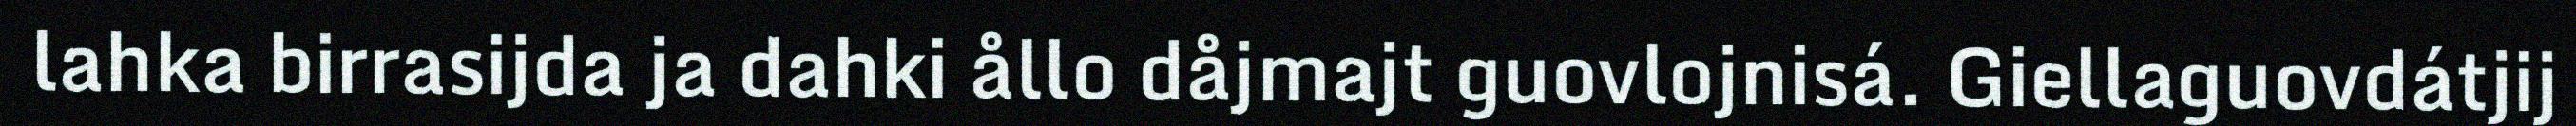
lahka birrasijda ja dahki ållo dåjmajt guovlojnisá. Giellaguovdátjij